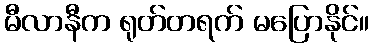
မီလာနီက ရုတ်တရက် မပြောနိုင်။